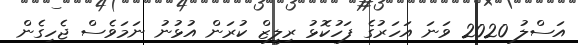
އަސްލު 2020 ވަނަ އަހަރުގެ ފަހުކޮޅު ރިލީޒް ކުރަން އުޅުނު ނަމަވެސް ޖެހިގެން